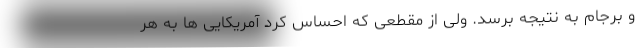
و برجام به نتیجه برسد. ولی از مقطعی که احساس کرد آمریکایی ها به هر